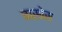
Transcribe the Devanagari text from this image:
वासोस